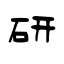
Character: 研